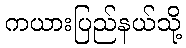
ကယားပြည်နယ်သို့